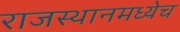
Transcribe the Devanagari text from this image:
राजस्थानमध्येच